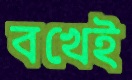
বখেই